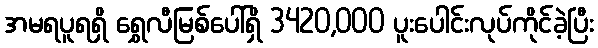
အမရပူရရှိ ရွှေလီမြစ်ပေါ်ရှိ 3420,000 ပူးပေါင်းလုပ်ကိုင်ခဲ့ပြီး